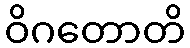
ဝိဂတောတိ